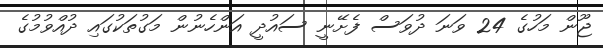
ޖޫން މަހުގެ 24 ވަނަ ދުވަސް ފެށޭނީ ސައުދީ އަންހެނުން މަގުތަކުގައި ދުއްވުމުގެ